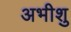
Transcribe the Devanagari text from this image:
अभीशु